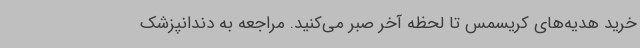
خرید هدیه‌های کریسمس تا لحظه آخر صبر می‌کنید. مراجعه به دندانپزشک